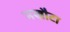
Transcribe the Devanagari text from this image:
मखौटा